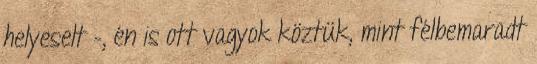
helyeselt –, én is ott vagyok köztük, mint félbemaradt